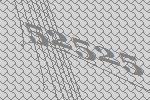
52525